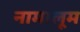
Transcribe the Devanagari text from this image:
नामालूम